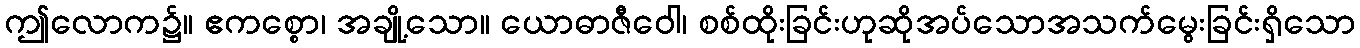
ဤလောက၌။ ဧကစ္စော၊ အချို့သော။ ယောဓာဇီဝေါ၊ စစ်ထိုးခြင်းဟုဆိုအပ်သောအသက်မွေးခြင်းရှိသော